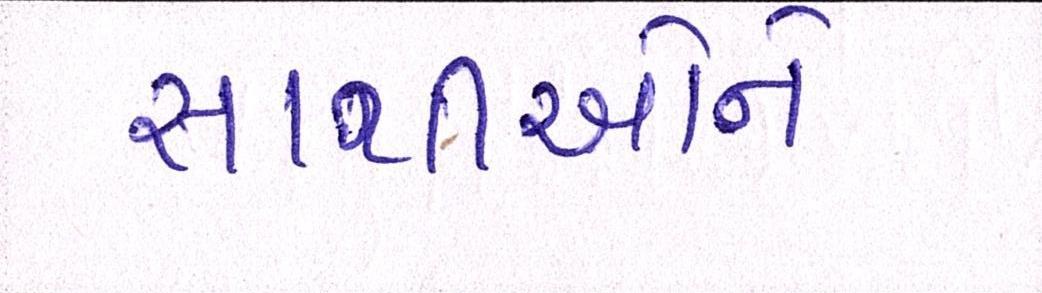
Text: સાથીઓને